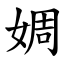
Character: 婤